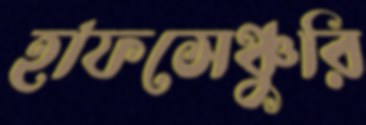
হাফসেঞ্চুরি